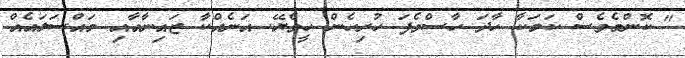
" ކޮންމެވެސް ކަމަކާ ހާދަ ހާސްވެފަ ހުރިހެން ހީވެޔޭ. އަނެއްކާ ޒައިނާއާއި މައްސަލައެއް